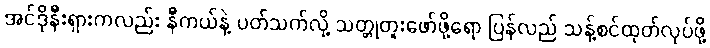
အင်ဒိုနီးရှားကလည်း နီကယ်နဲ့ ပတ်သက်လို့ သတ္တုတူးဖော်ဖို့ရော ပြန်လည် သန့်စင်ထုတ်လုပ်ဖို့